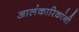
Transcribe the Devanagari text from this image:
आलंकारिकांनी